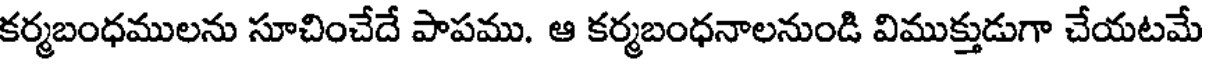
కర్మబంధములను సూచించేదే పాపము. ఆ కర్మబంధనాలనుండి విముక్తుడుగా చేయటమే